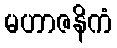
မဟာဇနိကံ